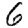
Digit: 6